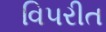
વિ૫રીત